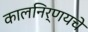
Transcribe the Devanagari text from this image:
कालनिर्णयचे